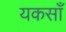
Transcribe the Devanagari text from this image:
यकसाँ